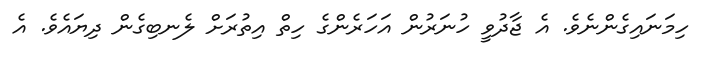
ހިމަނައިގެންނެވެ. އެ ޖާދުވީ ހުނަރުން އަހަރެންގެ ހިތް އިތުރަށް ލެނބިގެން ދިޔައެވެ. އެ